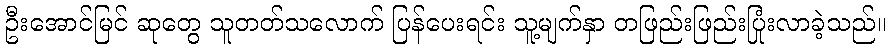
ဦးအောင်မြင် ဆုတွေ သူတတ်သလောက် ပြန်ပေးရင်း သူ့မျက်နှာ တဖြည်းဖြည်းပြုံးလာခဲ့သည်။